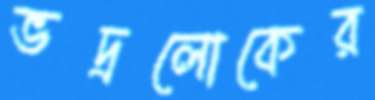
ভদ্রলোকের